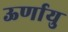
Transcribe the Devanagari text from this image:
ऊर्णायु